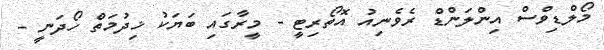
މޯލްޑިވްސް އިންލަންޑް ރެވެނިއު އޮތޯރިޓީ - މީރާގައި ބަޔަކު ޚިދުމަތް ހޯދަނީ -